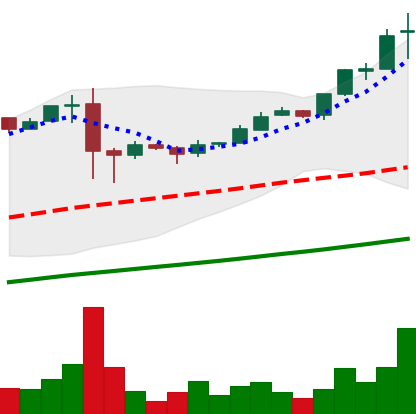
Ticker: BTC-USD
Chart end date: 2017-02-24
Forward return: 4.16%
Label: up_3_5